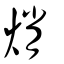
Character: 焇